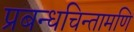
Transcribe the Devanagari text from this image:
प्रबन्धचिन्तामणि